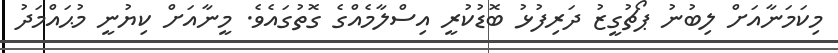
މިކަމަނާއަށް ލިބުނު ޕޯޗުގީޒު ދަރިފުޅު ބޮޑުކުރީ އިސްލާމެއްގެ ގޮތުގައެވެ. މީނާއަށް ކިޔުނީ މުޙައްމަދު